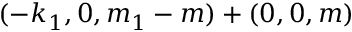
( - k _ { 1 } , 0 , m _ { 1 } - m ) + ( 0 , 0 , m )